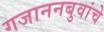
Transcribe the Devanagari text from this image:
गजाननबुवांचे